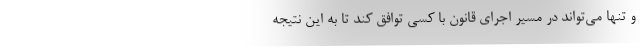
و تنها می‌تواند در مسیر اجرای قانون با کسی توافق کند تا به این نتیجه